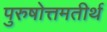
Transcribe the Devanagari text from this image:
पुरुषोत्तमतीर्थ